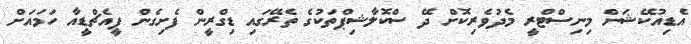
އެޑިއުކޭޝަން މިނިސްޓްރީ މެދުވެރިކޮށް ދޭ ސްކޮލާޝިޕްތަކުގެ ތެރޭގައި ޑިގްރީން ފެށިގެން ޕީއެޗްޑީއާ ހަމައަށް